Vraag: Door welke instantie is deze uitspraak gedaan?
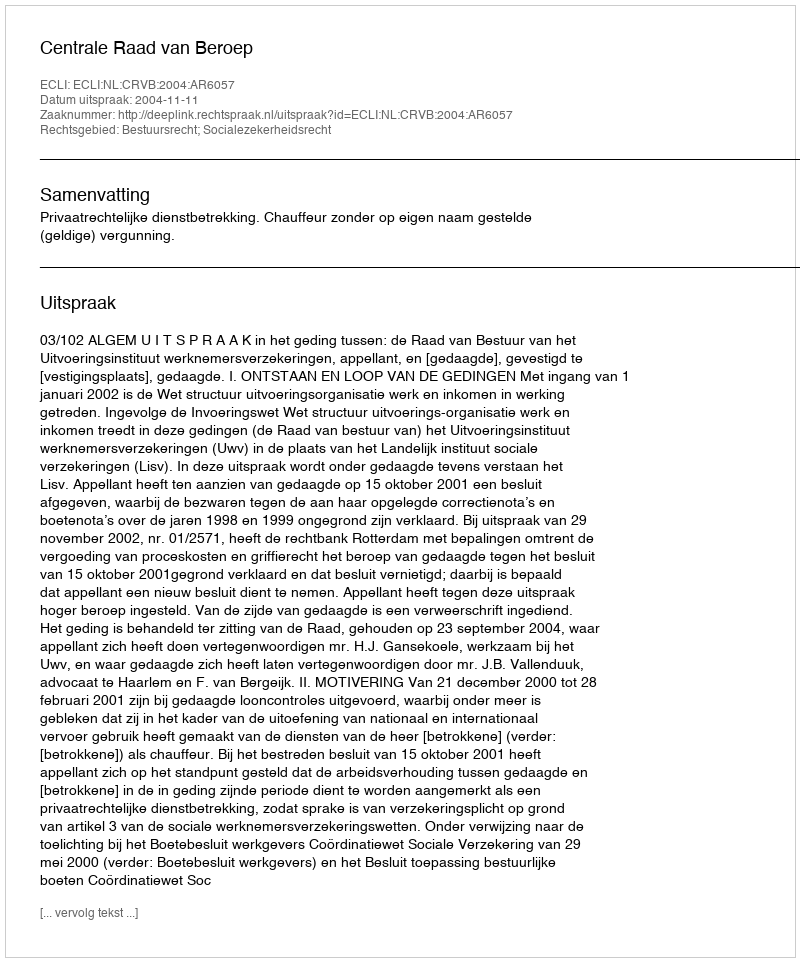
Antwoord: Centrale Raad van Beroep